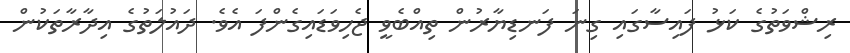
ރިޝްވަތުގެ ކަޅު ފައިސާގައި ގިނަ ފަނޑިޔާރުން ތިއްބެވީ ޖެހިވަޑައިގެންފަ އެވެ. ދައުލަތުގެ އިދާރާތަކުން